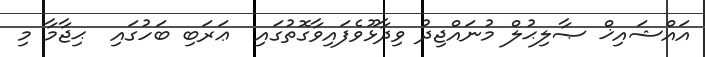
އައްޝައިޚް ޞާލިޙުލް މުނައްޖިދު ވިދާޅޫވެފައިވާގޮތުގައި  ޢަރަބި ބަހުގައި  ޙިޖާމާ މި